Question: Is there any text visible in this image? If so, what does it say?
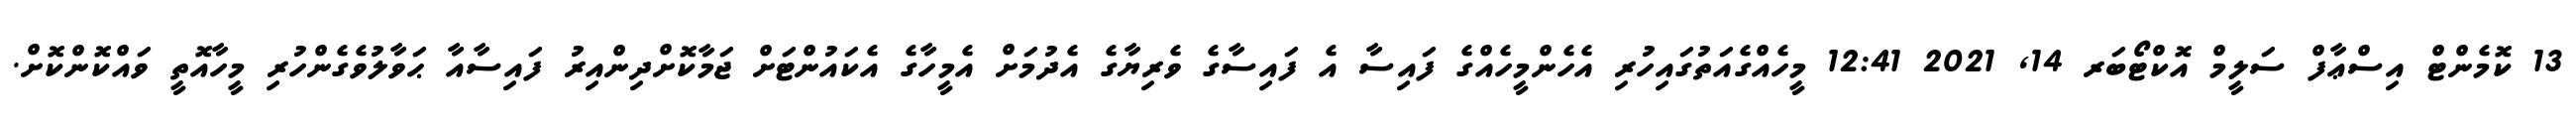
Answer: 13 ކޮމެންޓް އިސްޢާފް ސަލީމް އޮކްޓޯބަރ 14, 2021 12:41 މީހެއްގެއަތުގައިހުރި އެހެންމީހެއްގެ ފައިސާ އެ ފައިސާގެ ވެރިޔާގެ އެދުމަށް އެމީހާގެ އެކައުންޓަށް ޖަމާކޮށްދިންއިރު ފައިސާއާ ޙަވާލުވެގެންހުރި މީހާއޮތީ ވައްކޮންކޮށް.